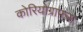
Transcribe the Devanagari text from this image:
कोरियोग्राफ़रा